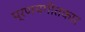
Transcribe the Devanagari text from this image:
प्रणयगीतकार